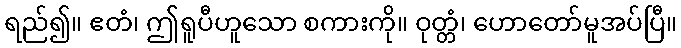
ရည်၍။ ဧတံ၊ ဤရူပီဟူသော စကားကို။ ဝုတ္တံ၊ ဟောတော်မူအပ်ပြီ။